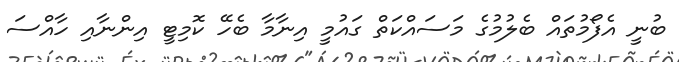
ބުނީ އެފޯމުތައް ބެލުމުގެ މަސައްކަތް ގައުމީ އިނާމާ ބެހޭ ކޮމިޓީ އިންނާއި ހާއްސަ